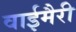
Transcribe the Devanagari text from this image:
वाईमैरी